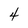
Character: 4